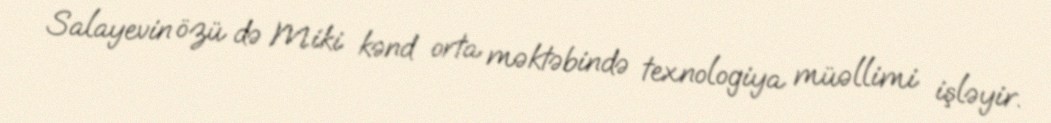
Salayevin özü də Miki kənd orta məktəbində texnologiya müəllimi işləyir.